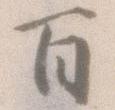
百